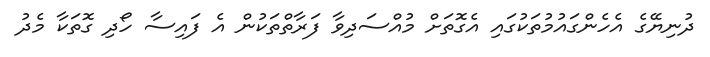
ދުނިޔޭގެ އެހެންގައުމުތަކުގައި އެގޮތަށް މުއްސަދިވާ ފަރާތްތަކުން އެ ފައިސާ ހޯދި ގޮތަކާ މެދު